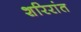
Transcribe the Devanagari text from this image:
शरिरांत